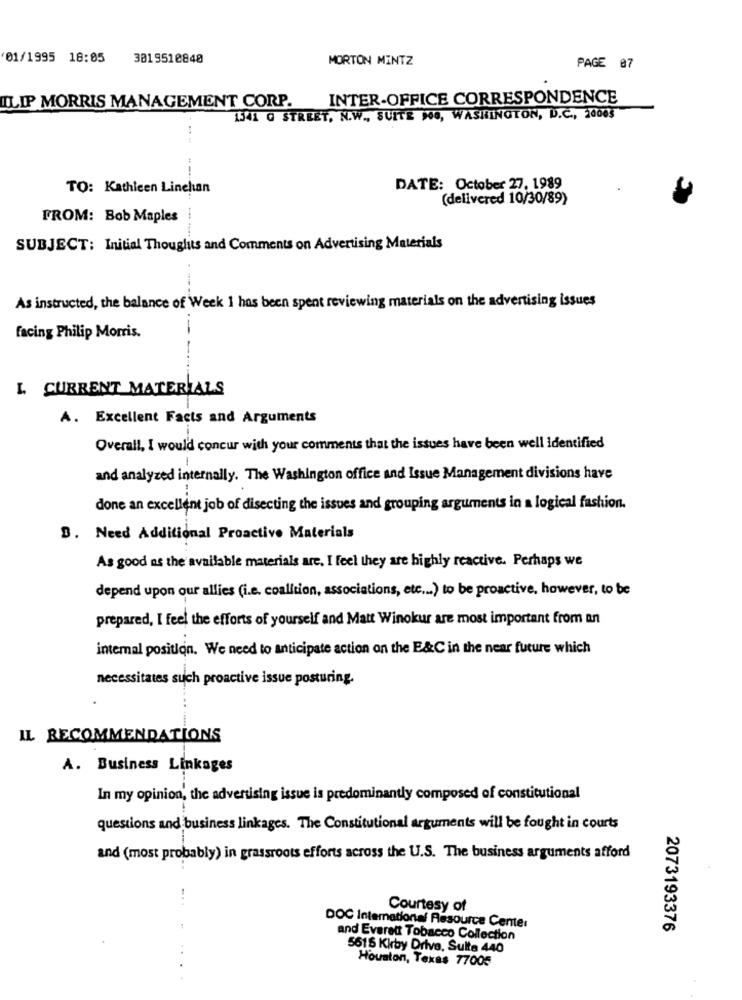
'01/1995 18:05
3019510840
MORTON MINTZ
PAGE 07
INTER-OFFICE CORRESPONDENCE
ILIP MORRIS MANAGEMENT CORP.
1541 G STREET, N.W ., SUITE DOG, WASHINGTON, D.C ., 20065
---
TO: Kathleen Linehan
DATE: October 27. 1989
(delivered 10/30/89)
FROM: Bob Maples
SUBJECT: Initial Thoughus and Comments on Advertising Materials
As instructed, the balance of Week 1 has been spent reviewing materials on the advertising issues
facing Philip Morris.
L CURRENT MATERIALS
A. Excellent Facts and Arguments
Overall, I would concur with your comments that the issues have been well identified
and analyzed internally. The Washington office and Issue Management divisions have
done an excellent job of disecting the issues and grouping arguments in a logical fashion.
3. Need Additional Proactive Materials
As good as the available materials are, I feel they are highly reactive. Perhaps we
depend upon our allies (i.e. coalition, associations, etc ... ) to be proactive, however, to be
prepared, I feel the efforts of yourself and Matt Winokur are most important from an
intemal position. We need to anticipate action on the E&C in the near future which
necessitates such proactive issue posturing.
IL RECOMMENDATIONS
A. Business Linkages
In my opinion, the advertising issue is predominantly composed of constitutional
questions and business linkages. The Constitutional arguments will be fought in courts
and (most probably) in grassroots efforts across the U.S. The business arguments afford
Courtesy of
DOC International Resource Center
2073193376
and Everett Tobacco Collection
5615 Kirby Drive, Sulta 440
Houston, Texas 77005